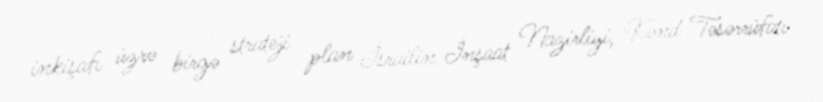
inkişafı üzrə birgə strateji plan İsrailin İnşaat Nazirliyi, Kənd Təsərrüfatı